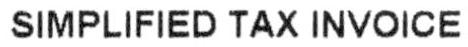
SIMPLIFIED TAX INVOICE